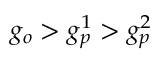
g _ { o } > g _ { p } ^ { 1 } > g _ { p } ^ { 2 }